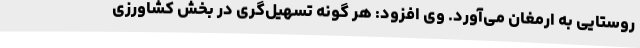
روستایی به ارمغان می‌آورد. وی افزود: هر گونه تسهیل‌گری در بخش کشاورزی